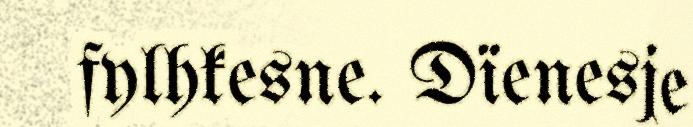
fylhkesne. Dïenesje